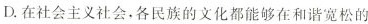
D.在社会主义社会,各民族的文化都能够在和谐宽松的